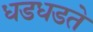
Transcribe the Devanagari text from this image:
धडधडते